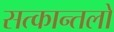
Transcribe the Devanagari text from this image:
सत्कान्तलों